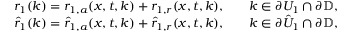
\begin{array} { r l r l } & { r _ { 1 } ( k ) = r _ { 1 , a } ( x , t , k ) + r _ { 1 , r } ( x , t , k ) , } & & { k \in \partial U _ { 1 } \cap \partial \mathbb { D } , } \\ & { \hat { r } _ { 1 } ( k ) = \hat { r } _ { 1 , a } ( x , t , k ) + \hat { r } _ { 1 , r } ( x , t , k ) , } & & { k \in \partial \hat { U } _ { 1 } \cap \partial \mathbb { D } , } \end{array}